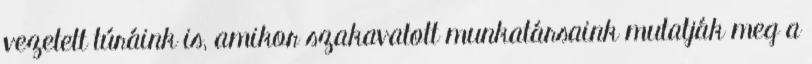
vezetett túráink is, amikor szakavatott munkatársaink mutatják meg a